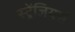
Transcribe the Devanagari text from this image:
स्ट्रेंजियर्स